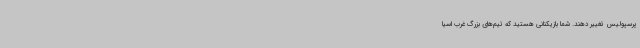
پرسپولیس تغییر دهند. شما بازیکنانی هستید که تیم‌های بزرگ غرب اسیا